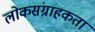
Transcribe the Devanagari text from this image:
लोकसंग्राहकता